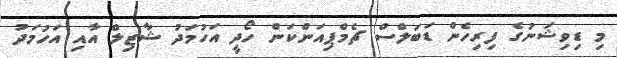
މި ޑިވިޝަނުގެ ފިރިހެން ޑަބަލްސް ޗެމްޕިއަންކަން ހޯދީ އަހުމަދު ޝާޒިލް އާއި އަހުމަދު